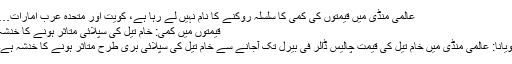
عالمی منڈی میں قیمتوں کی کمی کا سلسلہ روکنے کا نام نہیں لے رہا ہے، کویت اور متحدہ عرب امارات…
قیمتوں میں کمی: خام تیل کی سپلائی متاثر ہونے کا خدشہ
ویانا: عالمی منڈی میں خام تیل کی قیمت چالیس ڈالر فی بیرل تک آجانے سے خام تیل کی سپلائی بری طرح متاثر ہونے کا خدشہ ہے۔